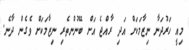
މިއީ ހަރުދަނާ ނިޒާމަކަށް އަދި ރާއްޖެ އަށް ބޭނުންތެރި ނިޒާމަކަށް ވެގެން ދާނެ.